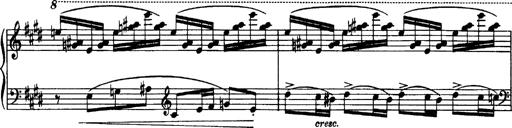
Title: OuvertÃ¼re zu TannhÃ¤user
Composer: Franz Liszt